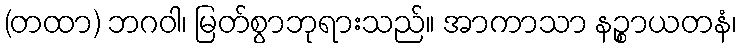
(တထာ) ဘဂဝါ၊ မြတ်စွာဘုရားသည်။ အာကာသာ နဉ္စာယတနံ၊